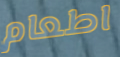
اطعام